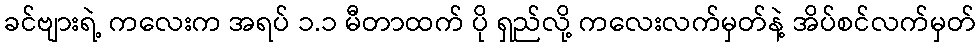
ခင်ဗျားရဲ့ ကလေးက အရပ် ၁.၁ မီတာထက် ပို ရှည်လို့ ကလေးလက်မှတ်နဲ့ အိပ်စင်လက်မှတ်